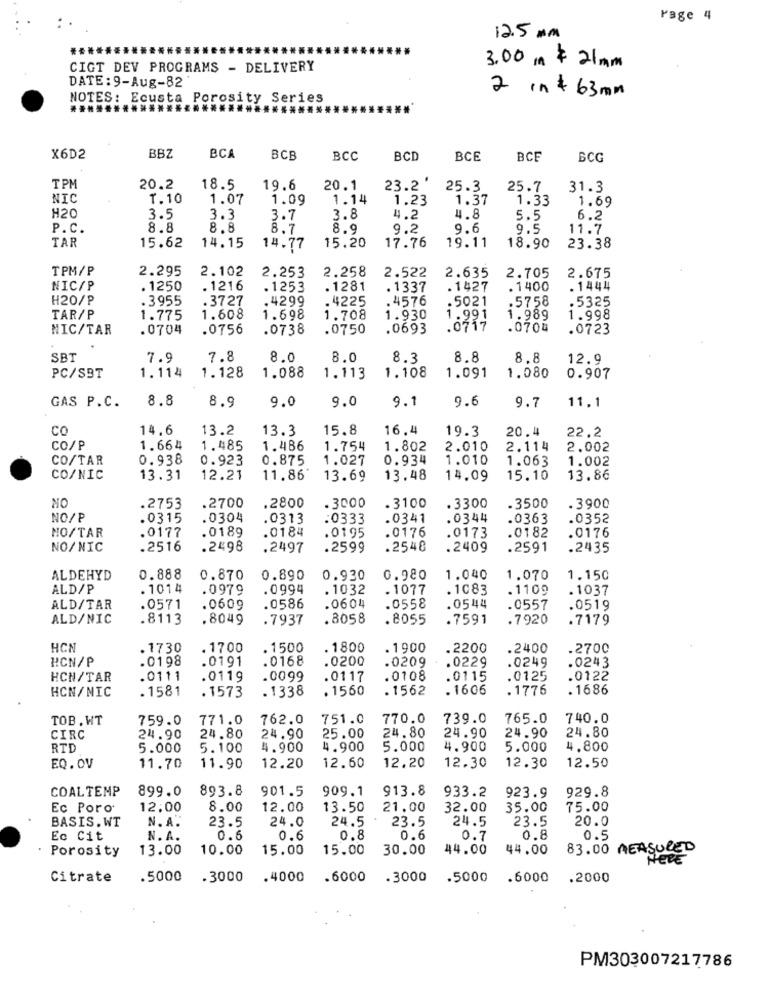
Page 4
12.5 mm
3.00 m $ 21mm
CIGT DEV PROGRAMS - DELIVERY
DATE: 9-Aug-82
2 in + 63 mm
NOTES: Ecusta Porosity Series
BBZ
X6D2
BCA
BCB
BCC
BCD
BCE
BCF
BCG
TPM
20.2
18.5
19.6
20.1
23.2 '
25.3
25.7
31.3
NIC
1.10
1.07
1.09
1.14
1.23
1.37
1.33
1.69
H20
3.5
3.3
3.7
3.8
4.2
4.8
5.5
6.2
P.C.
8.8
8.8
8.7
8.9
9.2
9.6
9.5
11.7
TAR
15.62
14.15
14.77
15.20
17.76
19.11
18.90
23.38
TPM/P
2.295
2.102
2.258
2.635
2.253
2.522
2.705
2.675
NIC/P
. 1250
. 1216
. 1253
. 1281
. 1337
.1427
. 1400
. 1444
H20/P
.3955
.3727
.4299
. 4225
. 4576
.5021
.5758
.5325
TAR/P
1.775
1.608
1.698
1.708
1.930
1.991
1.989
1.998
NIC/TAR
.0704
.0756
.0738
.0750
.0693
.0717
.0704
.0723
SBT
7.9
7.8
8.0
8.0
8.3
8.8
8.8
12.9
1.114
1.128
1.108
PC/SBT
1.088
1.113
1.091
1.080
0.907
8.8
9.1
9.6
9.7
GAS P.C.
8.9
9.0
9.0
11.1
CO
14.6
13.2
13.3
15.8
16.4
19.3
20.4
22.2
CO/P
1.664
1.485
1.486
1.754
1.802
2.010
2.114
2.002
CO/TAR
0.938
0.923
0.875
1.027
0.934
1.010
1.063
1.002
CO/NIC
13.31
12.21
11.86'
13.69
13.48
14.09
15.10
13.86
NO
.2753
.2700
.2800
.3000
.3100
.3300
.3500
.3900
NO/P
.0315
0304
.0313
:0333
.0341
0344
.0363
.0352
.0177
.0189
0184
.0195
0176
0173
.0182
.0176
NO/TAR
NO/NIC
.2516
.2498
.2497
.2599
.2548
.2409
.2591
.2435
ALDEHYD
0.888
0.870
0.890
0.930
0.980
1.040
1.070
1.150
ALD/P
. 1014
.0979
. 0994
. 1032
. 1077
. 1083
.1109
1037
ALD/TAR
.0571
.0609
.0586
.0604
.0558
.0544
.0557
.0519
ALD/NIC
.8113
.8049
.7937
. 8058
.8055
.7591
.7920
.7179
HCN
.1730
. 1700
. 1500
. 1800
.1900
.2200
.2400
.2700
HCN/P
.0198
.0191
.0168
.0200
.0209
.0229
0249
.0243
HCH/TAR
.0111
.0119
.0099
.0117
.0108
.0115
.0125
.0122
HCN/NIC
. 1581
.1573
. 1338
. 1560
.1562
. 1606
.1776
. 1686
TOB . WT
759.0
771.0
762.0
751.0
770.0
739.0
765.0
740.0
24.80
24.80
CIRC
24.90
24.80
24.90
25.00
24.90
24.90
RTD
5.000
5.100
4.900
4.900
5.000
4.900
5.000
4.800
EQ. OV
12.60
12.20
12.30
12.30
12.50
11.70
11.90
12.20
COALTEMP
899.0
893.8
901.5
909.1
913.8
933.2
929.8
923.9
Ec Poro
12:00
8.00
12.00
13.50
21.00
32.00
35.00
75.00
BASIS.WT
N. A.
23.5
24.0
24.5
23.5
24.5
23.5
20.0
Ec Cit
N. A.
0.6
0.6
0.8
0.6
0.7
0.8
0.5
Porosity
13.00
10.00
15.00
15.00
30.00
44.00
44.00
83.00 MEASURED
HELE
Citrate
.5000
.3000
.4000
.6000
.3000
.5000
.6000
.2000
PM303007217786